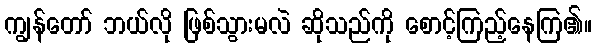
ကျွန်တော် ဘယ်လို ဖြစ်သွားမလဲ ဆိုသည်ကို စောင့်ကြည့်နေကြ၏။